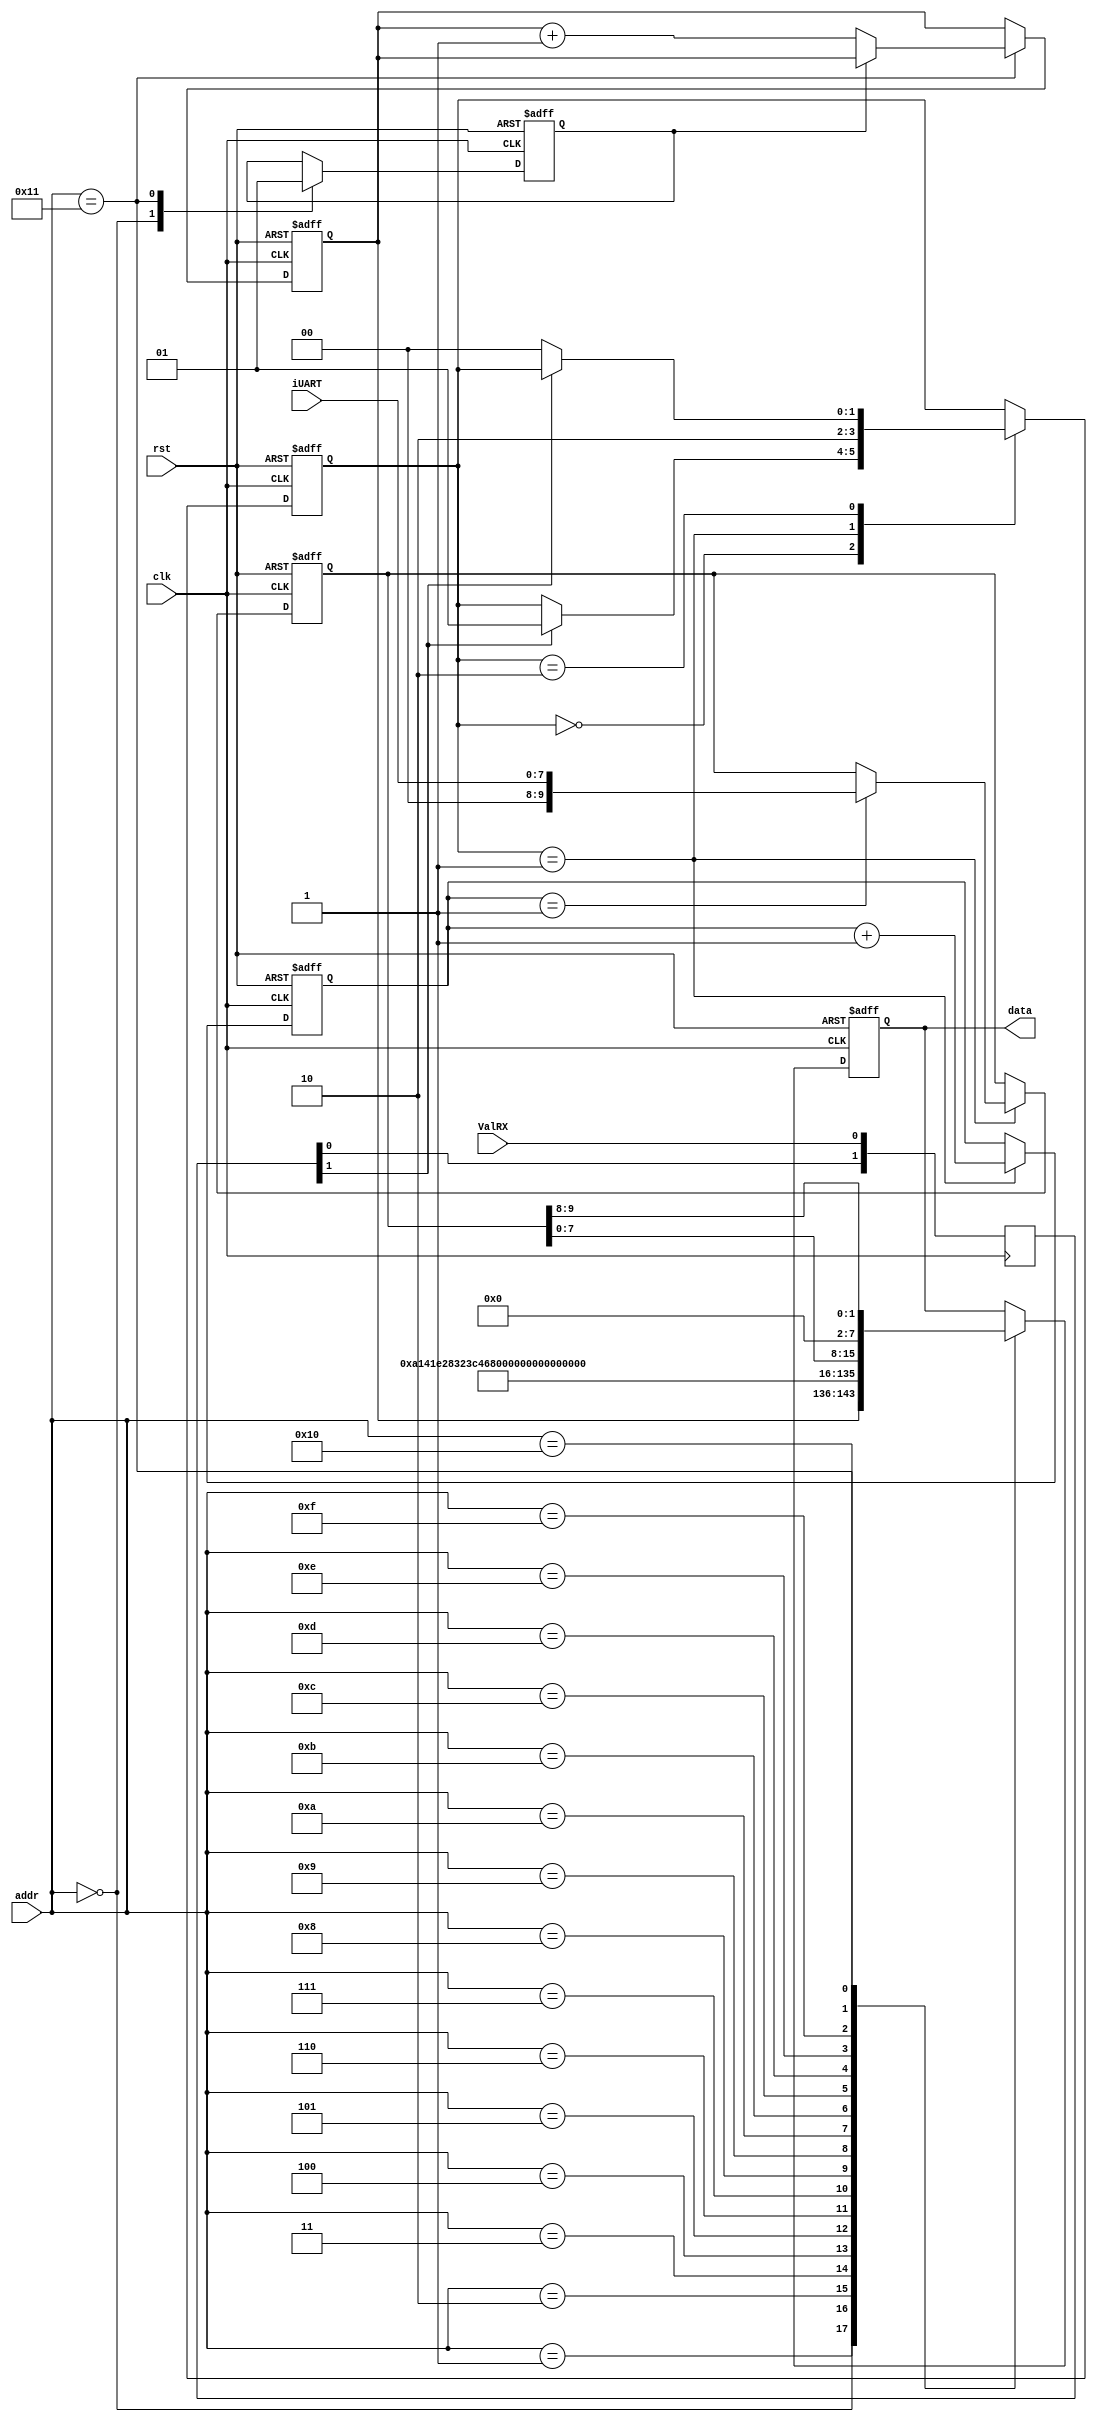
module answers(
input clk,
input rst,
input ValRX,
input [7:0] iUART,
input [4:0] addr,
output reg[7:0] data);

reg [7:0] cnt;
reg once;
reg [1:0] syncVal;

reg [1:0] cntVal, st;
reg [9:0] cntbits;
reg [9:0] outdata;
always@(posedge clk)
	syncVal <= {syncVal[0], ValRX};

always@(posedge clk or negedge rst)
begin
	if(~rst) begin
		data <= 8'd0;
		cnt <= 8'd0;
		once <= 1'b0;
		cntVal <= 2'd0;
		cntbits <= 10'd0;
		outdata <= 10'd0;
		st <= 2'd0;
	end
	else begin
		case(st)
			0:if(syncVal[1])begin
				st <= 1;
			end
			1:begin
				cntVal <= cntVal + 1'b1;
				if(cntVal == 2'd1) begin
					/*if(iUART == 8'd82)begin
						cntbits <= cntbits + 1'b1;
						outdata <= cntbits;
					end 
					else*/
						outdata <= iUART;
				end
				st <= 2;
			end
			2: if(~syncVal[1])
				st <= 0;
		endcase
		case(addr)
			0 : begin
				data <= cnt;
				once <= 1'b0;
			end
			1 : data <= 10;
			2 : data <= 8'd20;
			3 : data <= 8'd30;
			4 : data <= 8'd40;
			5 : data <= 8'd50;
			6 : data <= 8'd60;
			7 : data <= 8'd70;
			8 : data <= 8'd80;
			9 : data <= 8'd90;
			10 : data <= 8'd100;
			11 : data <= 8'd110;
			12 : data <= 8'd120;
			13 : data <= 8'd130;
			14 : data <= 8'd140;
			15 : data <= 8'd150;
			16 : data <= outdata[7:0];
			17 : begin
				data <= outdata[9:8];
				if(once == 1'b0) begin
					cnt <= cnt + 1'b1;
					once <= 1'b1;
				end
				/*if(cnt == 8'd255)
				cnt <= 8'd0;*/
			end
		endcase
	end
end
endmodule